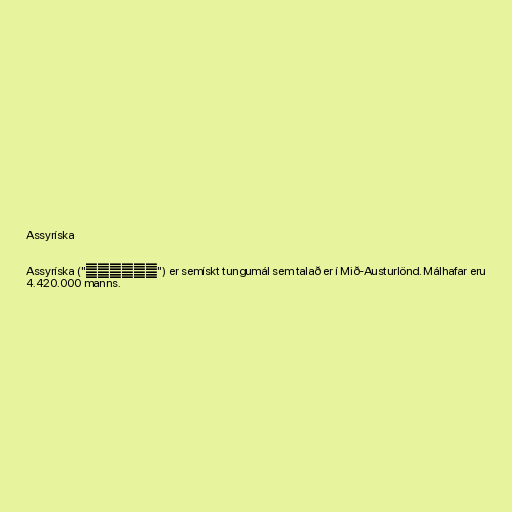
Assyríska

Assyríska ("ܐܬܘܪܝܐ") er semískt tungumál sem talað er í Mið-Austurlönd. Málhafar eru
4.420.000 manns.